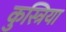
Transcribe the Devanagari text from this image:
कुस्त्रिया